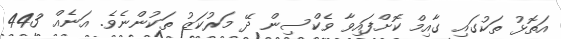
އަތޮޅު ތަކުގައި ގާއިމް ކޮށްފައިވާ ވެކްސިން ދޭ މަރުކަޒު ތަކުންނެވެ. އަނެއް 443